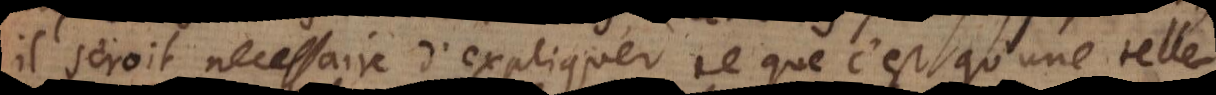
il seroit necessaire d’expliquer ce que c’est qu’une telle